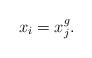
LaTeX: \begin{align*}x_i=x_j^g.\end{align*}